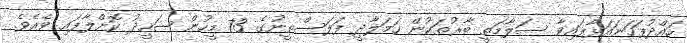
ހައްދުފަހަނައަޅާފައިވާ ސަލާމަތީ ބާރުތަކުން ހަމަލާދީ ފަލަސްތީނުގެ 73 މީހުން ޝަހީދު ކޮށްލާފައި ވެއެވެ.